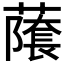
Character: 𬞾